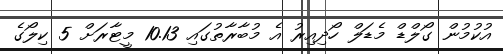
އުކުމުން ގޯލްޑް މެޑަލް ހޯދިއިރު އެ މުބާރާތުގައި 10.13 މީޓާރަށް 5 ކިލޯގެ